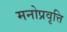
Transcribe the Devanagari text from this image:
मनोप्रवृत्ति